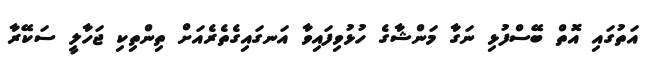
އަތުގައި އޮތް ބޭސްފުޅި ނަގާ މަންޝާގެ ހުޅުވިފައިވާ އަނގައިގެތެރެއަށް ތިންތިކި ޖަހާލީ ސަކޭރާ